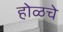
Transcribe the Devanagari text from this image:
होळचे